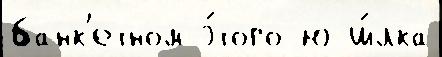
банк'етном э́того ю ш́лка